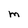
Character: M